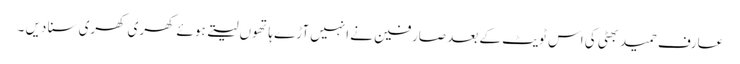
عارف حمید بھٹی کی اس ٹویٹ کے بعد صارفین نے انہیں آڑے ہاتھوں لیتے ہوئے کھری کھری سنا دیں ۔